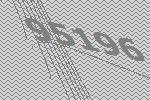
95196